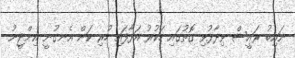
ނައިބު ރައީސް ވިދާޅުވި ގޮތުގައި ހަކުރު އަޅާފައި ހުރި ކަން އެނގުނީ އިންޖީނު